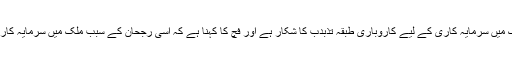
ان حالات میں ملک میں سرمایہ کاری کے لیے کاروباری طبقہ تذبدب کا شکار ہے اور فچ کا کہنا ہے کہ اسی رجحان کے سبب ملک میں سرمایہ کاری نہیں بڑھے گی۔